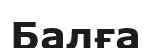
Балға